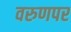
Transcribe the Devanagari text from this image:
वरुणपर